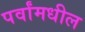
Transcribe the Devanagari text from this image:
पर्वांमधील